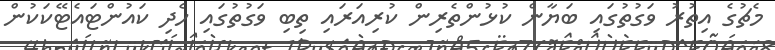
މެޗުގެ އިތުރު ވަގުތުގައި ބަޔާން ކުޅުންތެރިން ކުރިއަރައި ތިބި ވަގުތުގައި ހެދި ކައުންޓައެޓޭކަކުން